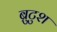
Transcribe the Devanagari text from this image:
ब्रुटुश